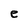
Character: e